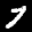
Label: 7